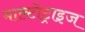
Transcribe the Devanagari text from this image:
माल्टोट्राइज